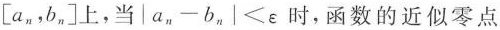
\left [ a_{n},b_{n}\right ]上，当$$|a_{n}-b_{n}|<\varepsilon $$时，函数的近似零点